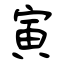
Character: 寅